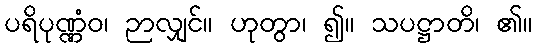
ပရိပုဏ္ဏံဝ၊ ဉာလျှင်။ ဟုတွာ၊ ၍။ သပဋ္ဌာတိ၊ ၏။